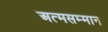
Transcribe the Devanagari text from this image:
अत्मसम्मान